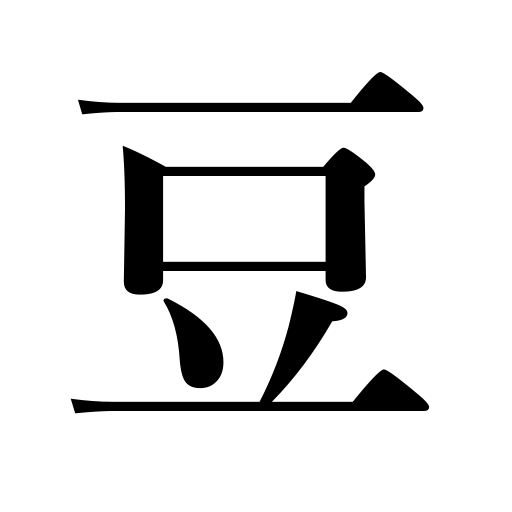
Meanings: beans,peas,pulse